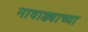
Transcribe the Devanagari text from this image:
नावाड्याच्या